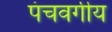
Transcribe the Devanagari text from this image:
पंचवर्गीय